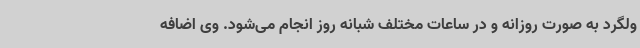
ولگرد به صورت روزانه و در ساعات مختلف شبانه روز انجام می‌شود. وی اضافه